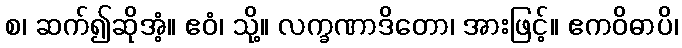
စ၊ ဆက်၍ဆိုအံ့။ ဧဝံ၊ သို့။ လက္ခဏာဒိတော၊ အားဖြင့်။ ဧကဝိဓာပိ၊